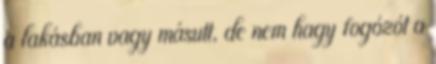
a lakásban vagy másutt, de nem hagy fogózót a